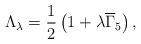
LaTeX: \begin{align*}\Lambda _\lambda =\frac 12\left( 1+\lambda \overline{\Gamma}_5\right) , \end{align*}